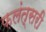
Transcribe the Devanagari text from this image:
फ़लंत्सरी